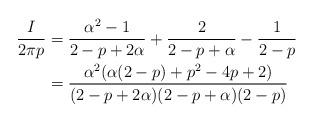
LaTeX: \begin{align*} \frac{I}{2\pi p} &= \frac{\alpha^2-1}{2 - p + 2\alpha} + \frac{2}{2 - p + \alpha} - \frac{1}{2 - p} \\ &= \frac{\alpha^2 (\alpha(2 - p) + p^2 - 4 p + 2)}{(2 - p + 2\alpha)(2 - p + \alpha)(2 - p)} \end{align*}